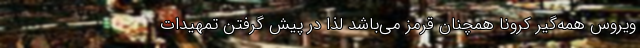
ویروس همه‌گیر کرونا همچنان قرمز می‌باشد لذا در پیش گرفتن تمهیدات